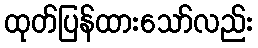
ထုတ်ပြန်ထားသော်လည်း